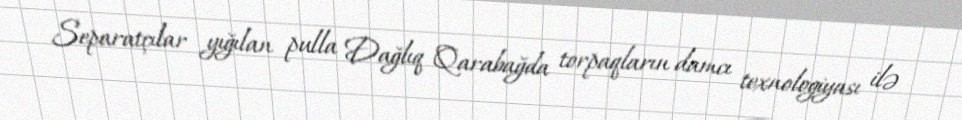
Separatçılar yığılan pulla Dağlıq Qarabağda torpaqların damcı texnologiyası ilə